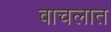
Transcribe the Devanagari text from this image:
वाचलात